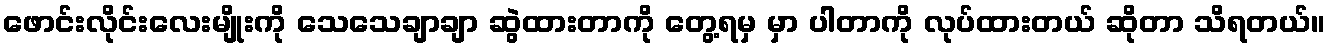
ဖောင်းလိုင်းလေးမျိုးကို သေသေချာချာ ဆွဲထားတာကို တွေ့ရမှ မှာ ပါတာကို လုပ်ထားတယ် ဆိုတာ သိရတယ်။